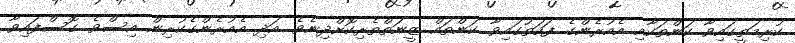
ކުރިމަތީގައިވާ ކަންތަކާއި އެއުރެންގެ ފަހަތުގައިވާ ކަންތައް ޒީނަތްތެރިކޮށްދިނެވެ. އަދި އެއުރެންގެކުރިން އިސްވެ ގޮސްފައިވާ